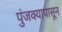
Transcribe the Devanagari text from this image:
पुंजक्यापासून